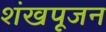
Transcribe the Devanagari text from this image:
शंखपूजन